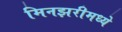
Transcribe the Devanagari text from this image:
मिनझरीमध्ये